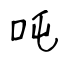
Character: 吨